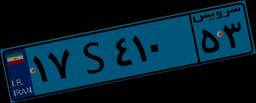
۱۷S۴۱۰۵۳